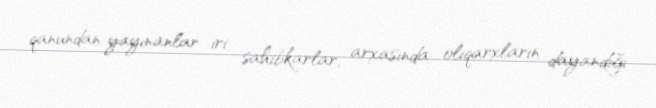
qanundan yayınanlar iri sahibkarlar, arxasında oliqarxların dayandığı